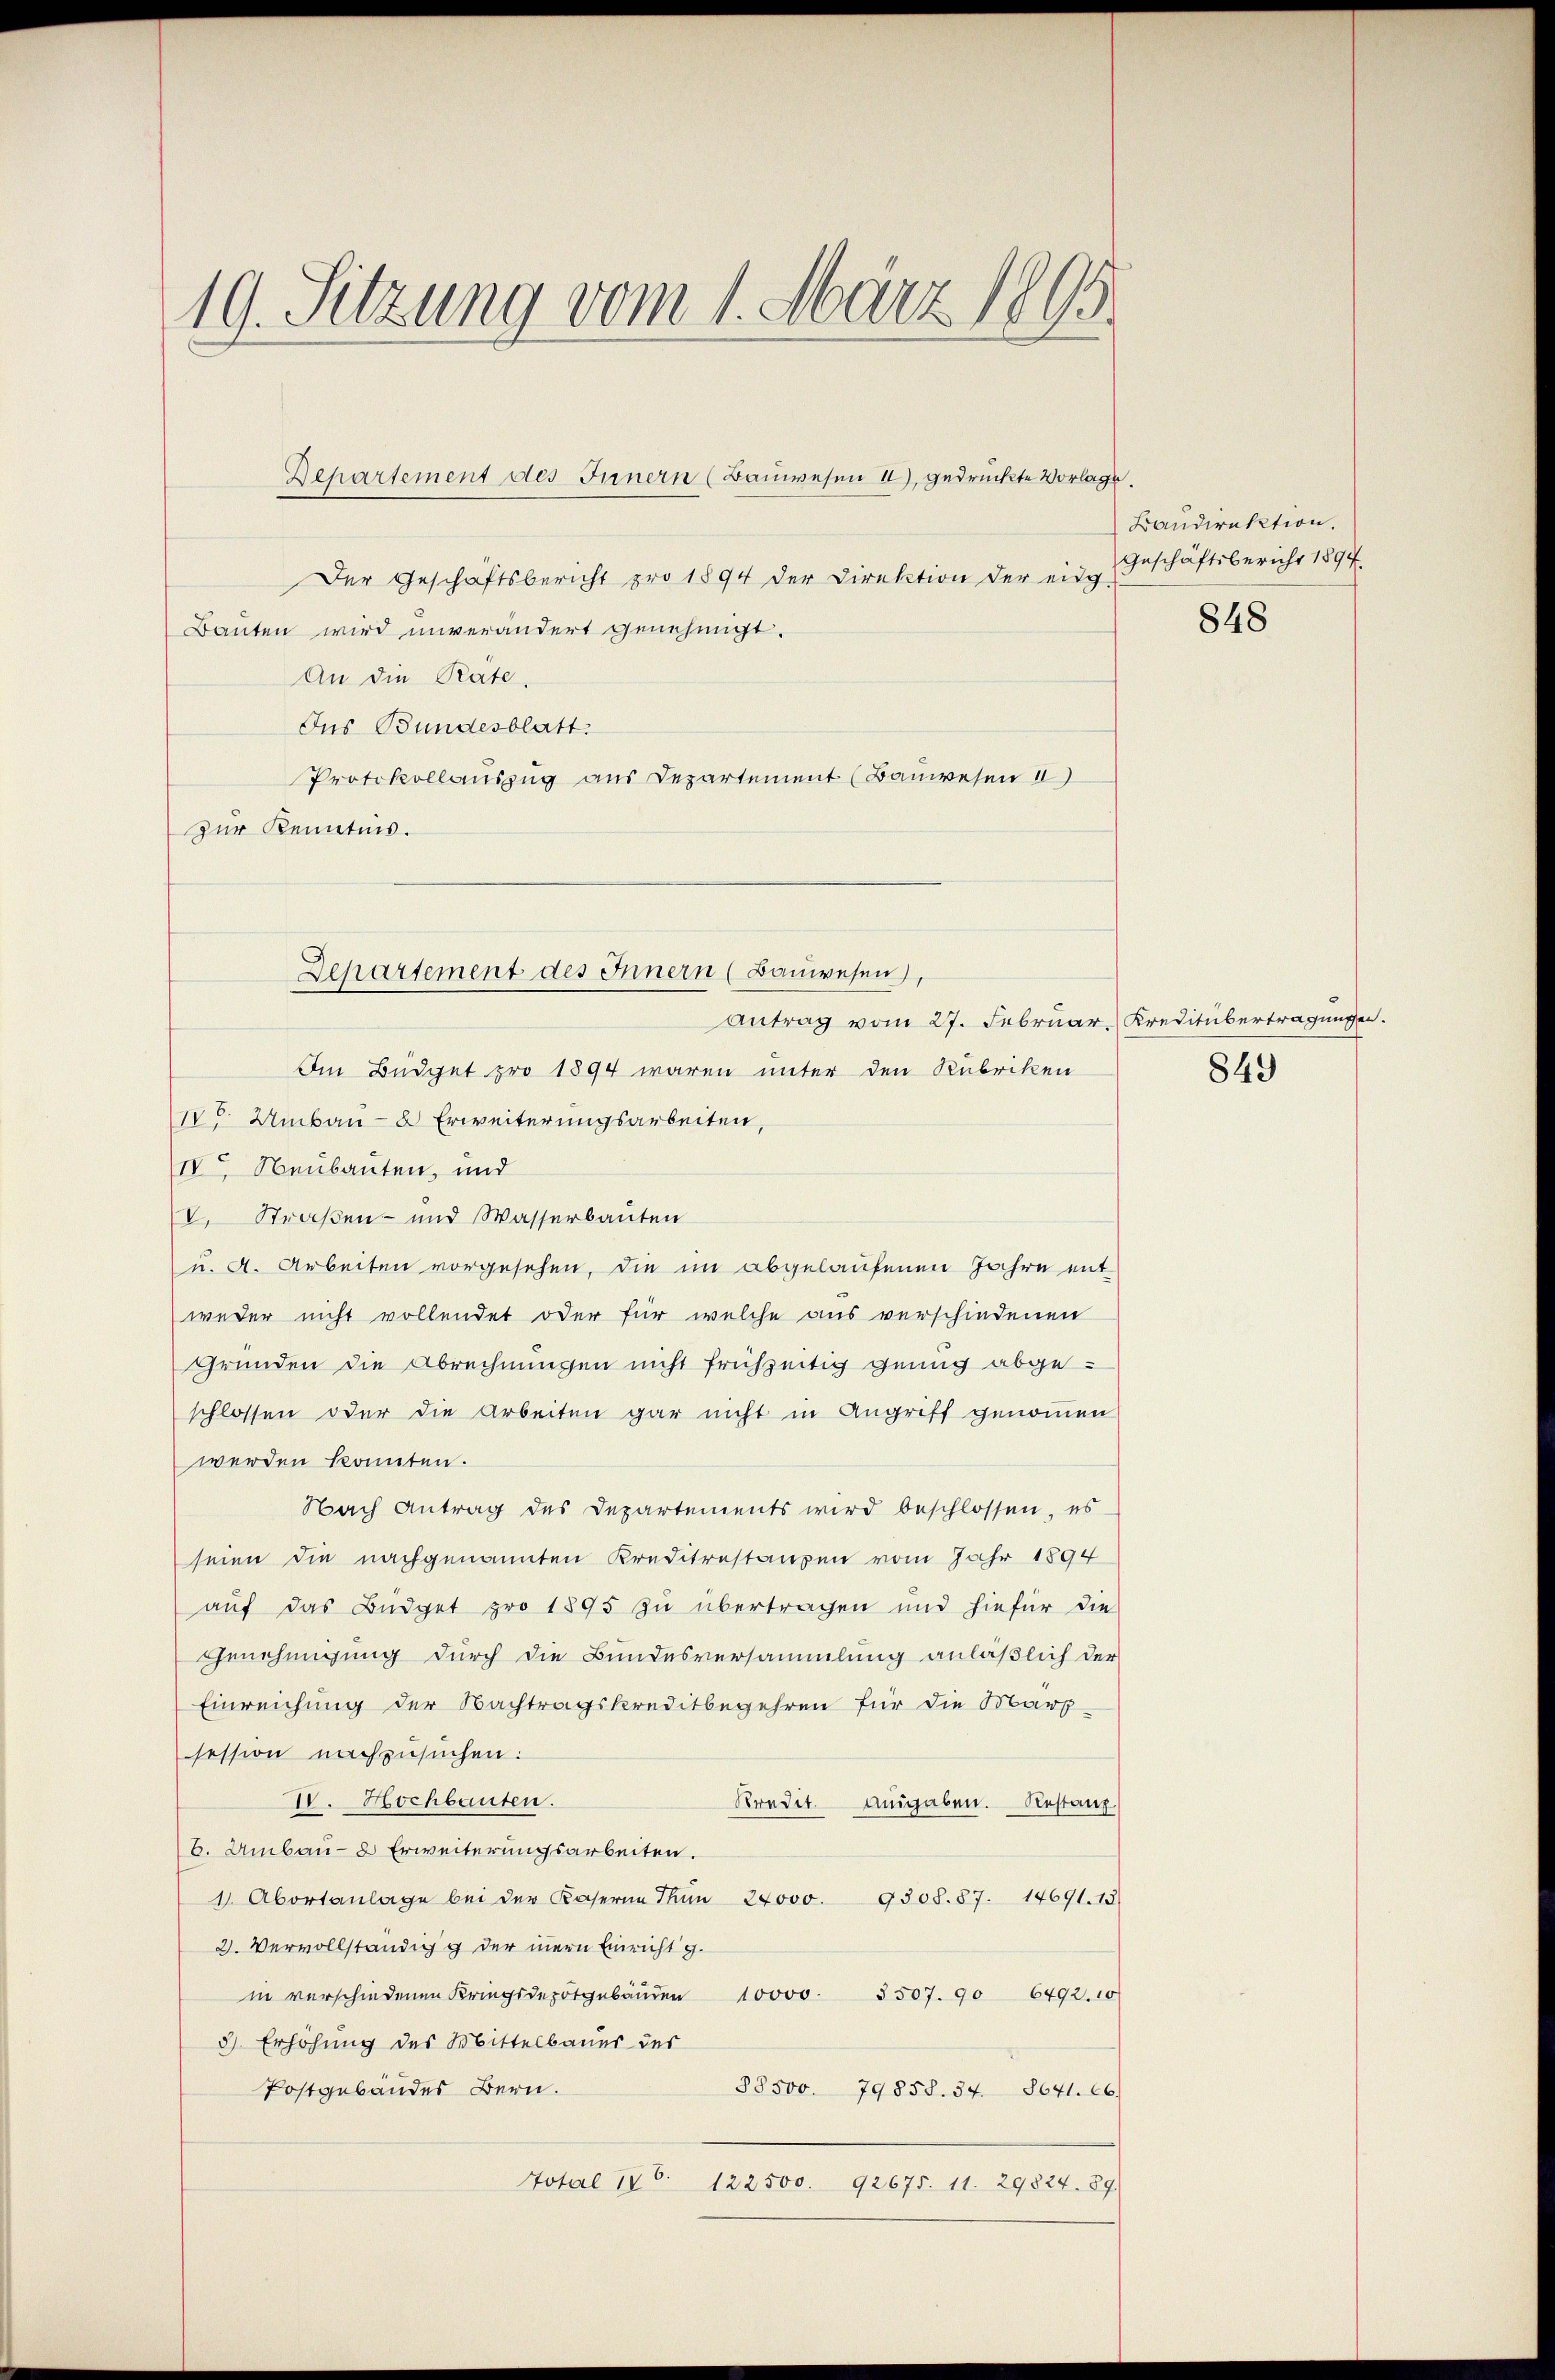
19. Sitzung vom 1. März 1895

Der Geschäftsbericht pro 1894 der Direktion der eine Geschäftsbericht 1894.
Bauten wird unverändert genehmigt.
An die Rate.
Dus Bundesblatt.
Protokollauszug aus Departement (Bauwesen I
zur Kenntnis.
antrag vom 27. Februar, Kreditübertragungen.
Im Büdget pro 1894 waren unter den Rubriken
IVo Umbau- & Erweiterungsarbeiten,
IV. Neubauten, und
I. Straßen- und Wasserbauten
u. A. Arbeiten vorgesehen, die im abgelaufenen Jahre entweder nicht vollendet oder für welche aus verschiedenen
Gründen die Abrechnungen nicht frühzeitig genug abgeschlossen oder die Arbeiten gar nicht in Angriff genommen
werden konnten.
Nach Antrag des Departements wird beschlossen, es
seien die nachgenannten Kreditestanzen vom Jahr 1894
auf das Büdget pro 1895 zu übertragen und hiefür die
Genehmigung durch die Bundesversammlung anläßlich der
Einreichung der Nachtragskreditbegehren für die Marp
session nachzusuchen:
IV. Hochbauten.
Kredit. Angaben. Restanz
6. Umbau- & Erweiterungsarbeiten.
1 Abortanlage bei der Kaserne Fŭn 24000. 9308. 87. 14691. 18
2. Vervollständigg der inern Einricht g
in verschiedenen Kriegsdepotgebäŭden 10000. 3507. 90 6492. 10
3). Erhöhung des Mittelbaues des
Postgebäudes Bern.
38500. 79858. 34. 8641. 66.
Total 186. 122500. 92675. 11. 29824. 89

Departement des Innern (Bauwesen II), gedruckte Vorlage.

Departement des Innern (Bauwesen,

Baudirektion.

848

849